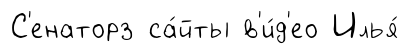
С'енаторз са́йты в'и́д'ео Илья́